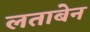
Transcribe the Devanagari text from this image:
लताबेन